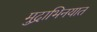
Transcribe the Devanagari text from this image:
मुद्राभिनयात